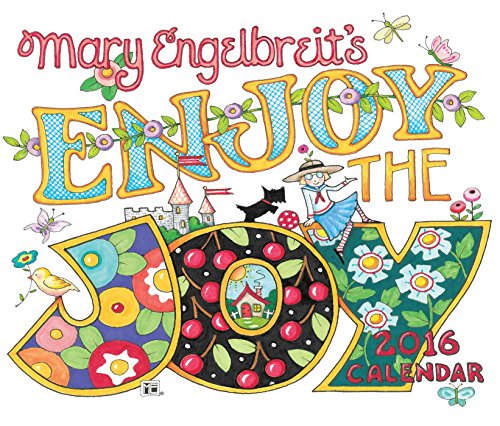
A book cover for Mary Engelbreit 2016 Day-to-Day Calendar: Enjoy the Joy; Mary Engelbreit; Calendars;